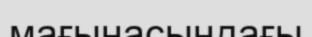
мағынасындағы